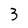
Character: 3